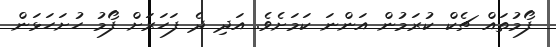
ފޯމުތައް ޗެކް ކުރަމުން އަންނަ ކަމަށެވެ. އަދި ދެ ފަހަރަށް ފޯމު ހުށަހަޅަން